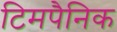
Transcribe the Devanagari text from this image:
टिमपैनिक